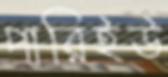
পারিইউ